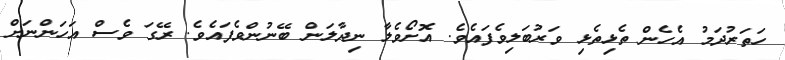
ހަތަރުދަމު އެހެން ތެޅިތެޅި ވަރުބަލިވެފައެވެ. އޮށޯވެލާ ނިދާލަން ބޭނުންވެފައެވެ. ރޭގަ ވެސް އަހަންނަށް